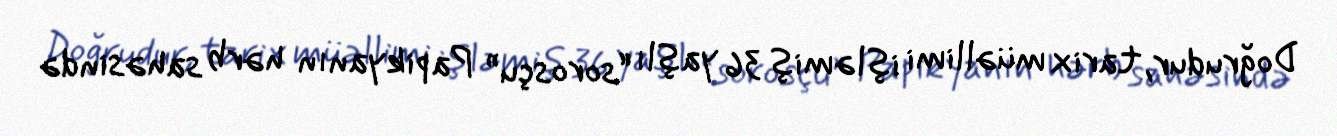
Doğrudur, tarix müəllimi işləmiş 36 yaşlı “sorosçu” Papikyanın hərb sahəsində